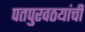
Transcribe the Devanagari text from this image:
पतपुरवठयांची